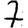
Digit: 7